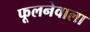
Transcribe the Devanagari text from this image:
फूलनेवाला